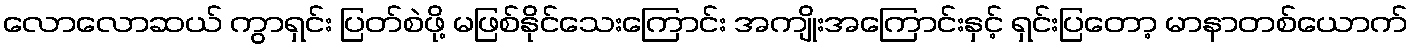
လောလောဆယ် ကွာရှင်း ပြတ်စဲဖို့ မဖြစ်နိုင်သေးကြောင်း အကျိုးအကြောင်းနှင့် ရှင်းပြတော့ မာနာတစ်ယောက်